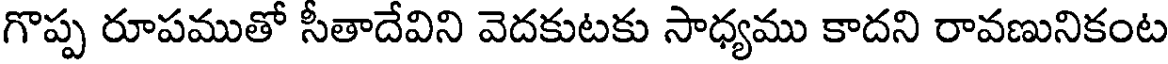
గొప్ప రూపముతో సీతాదేవిని వెదకుటకు సాధ్యము కాదని రావణునికంట